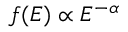
f ( E ) \propto E ^ { - \alpha }